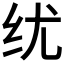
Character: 𬘕